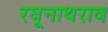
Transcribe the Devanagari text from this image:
रघूनाथराव